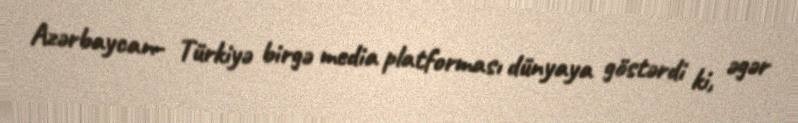
Azərbaycan- Türkiyə birgə media platforması dünyaya göstərdi ki, əgər